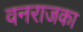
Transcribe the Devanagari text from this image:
वनराजका